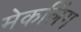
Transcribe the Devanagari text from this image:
मेकलिंग